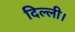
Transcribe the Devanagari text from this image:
दिल्‍ली।